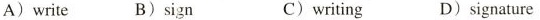
A) write B) sign C) writing D) signature